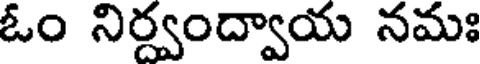
ఓం నిర్వంద్వాయ నమః